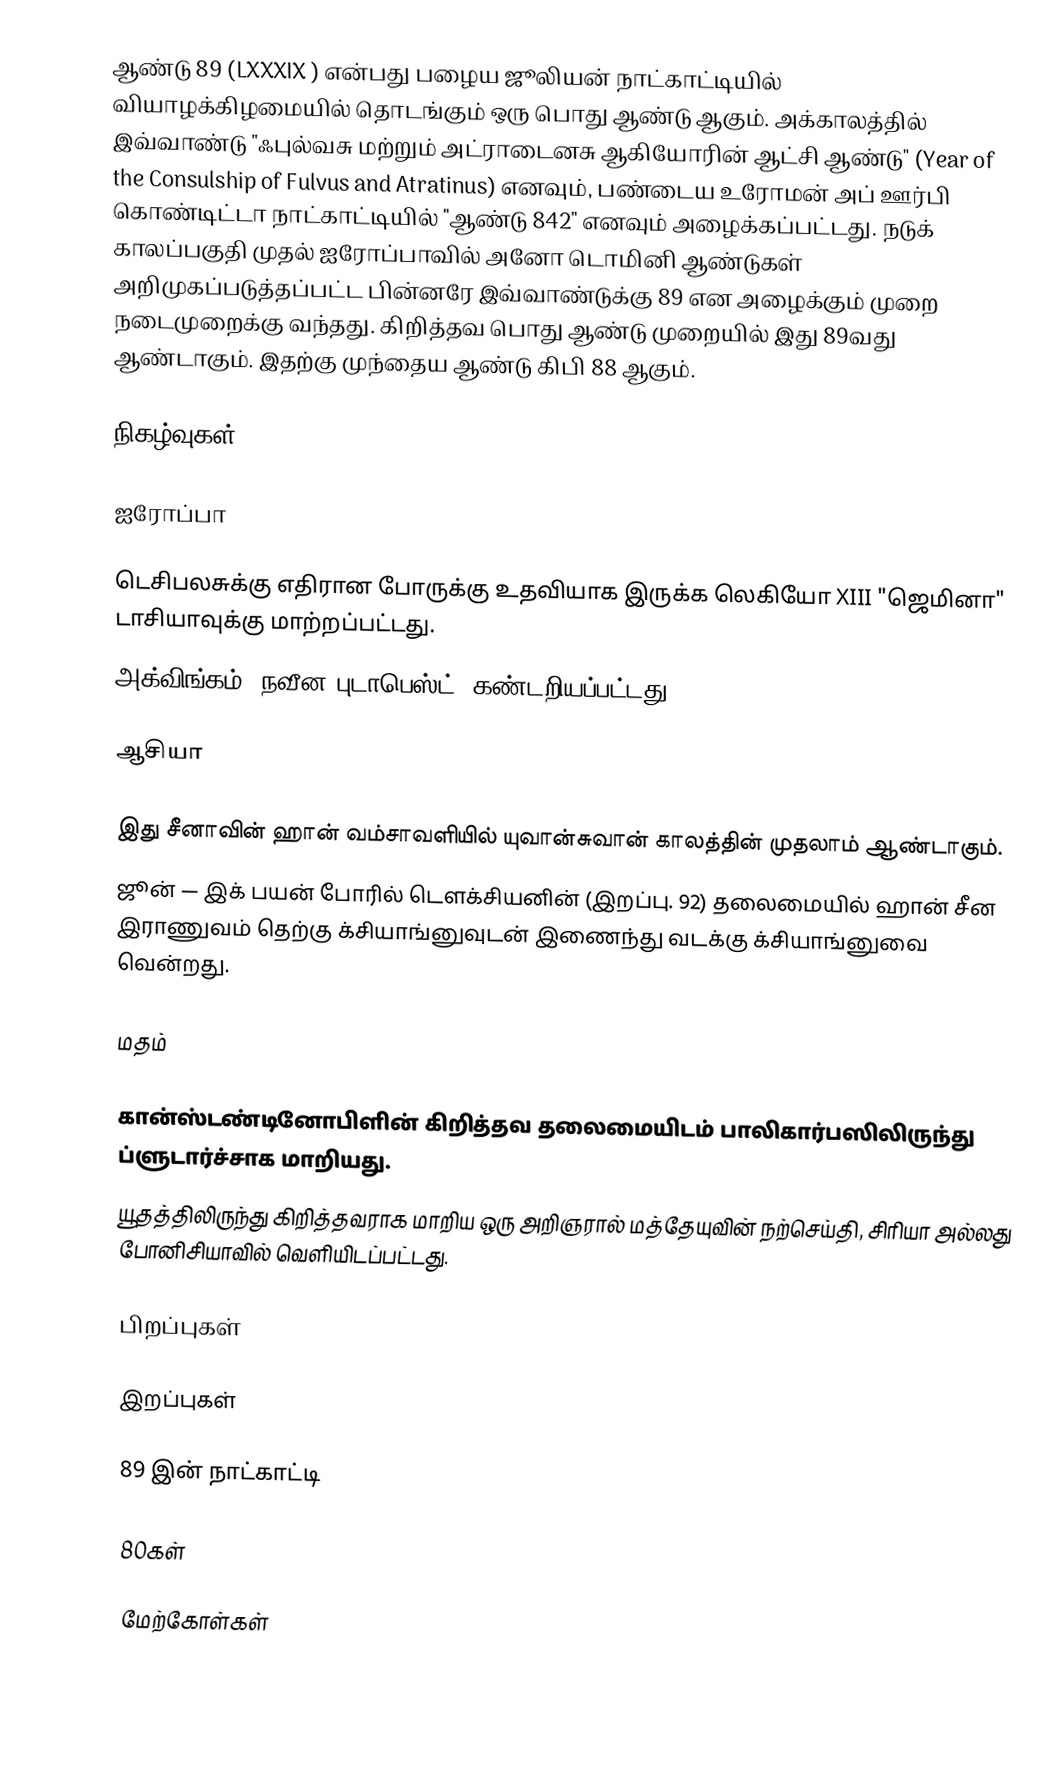
ஆண்டு 89 (LXXXIX ) என்பது பழைய ஜூலியன் நாட்காட்டியில் வியாழக்கிழமையில் தொடங்கும் ஒரு பொது ஆண்டு ஆகும். அக்காலத்தில் இவ்வாண்டு "ஃபுல்வசு மற்றும் அட்ராடைனசு ஆகியோரின் ஆட்சி ஆண்டு" (Year of the Consulship of Fulvus and Atratinus) எனவும், பண்டைய உரோமன் அப் ஊர்பி கொண்டிட்டா நாட்காட்டியில் "ஆண்டு 842" எனவும் அழைக்கப்பட்டது. நடுக் காலப்பகுதி முதல் ஐரோப்பாவில் அனோ டொமினி ஆண்டுகள் அறிமுகப்படுத்தப்பட்ட பின்னரே இவ்வாண்டுக்கு 89 என அழைக்கும் முறை நடைமுறைக்கு வந்தது. கிறித்தவ பொது ஆண்டு முறையில் இது 89வது ஆண்டாகும். இதற்கு முந்தைய ஆண்டு கிபி 88 ஆகும்.

நிகழ்வுகள்

ஐரோப்பா

 டெசிபலசுக்கு எதிரான போருக்கு உதவியாக இருக்க லெகியோ XIII "ஜெமினா" டாசியாவுக்கு மாற்றப்பட்டது.
 அக்விங்கம் (நவீன புடாபெஸ்ட்) கண்டறியப்பட்டது.

ஆசியா

 இது சீனாவின் ஹான் வம்சாவளியில் யுவான்சுவான் காலத்தின் முதலாம் ஆண்டாகும்.
 ஜூன் — இக் பயன் போரில் டெளக்சியனின் (இறப்பு. 92) தலைமையில் ஹான் சீன இராணுவம் தெற்கு க்சியாங்னுவுடன் இணைந்து வடக்கு க்சியாங்னுவை வென்றது.

மதம்

 கான்ஸ்டண்டினோபிளின் கிறித்தவ தலைமையிடம் பாலிகார்பஸிலிருந்து ப்ளுடார்ச்சாக மாறியது.
 யூதத்திலிருந்து கிறித்தவராக மாறிய ஒரு அறிஞரால் மத்தேயுவின் நற்செய்தி, சிரியா அல்லது போனிசியாவில் வெளியிடப்பட்டது.

பிறப்புகள்

இறப்புகள்

89 இன் நாட்காட்டி

80கள்

மேற்கோள்கள்

als:80er#Johr 89